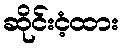
ဆိုင်းငံ့ထား